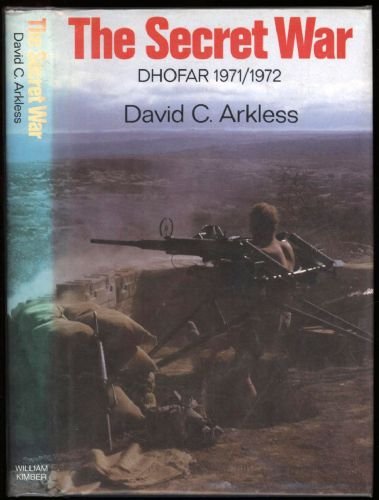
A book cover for The Secret War - DHOFAR 1971 - 1972; David C. Arkless; History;